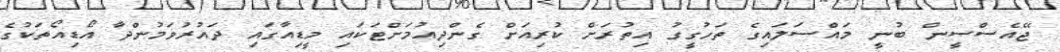
ޖޭއެސްސީން ބުނީ މައްސަލައިގެ ތަހުގީގު އިތުރަށް ކުރިއަށް ގެންދިއުމަށްޓަކައި މީޑިއާގައި ދައުރުވަމުންދާ އޯޑިއޯތަކުގެ